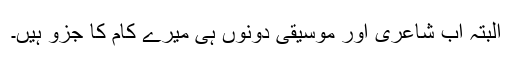
البتہ اب شاعری اور موسیقی دونوں ہی میرے کام کا جزو ہیں۔